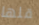
قلها